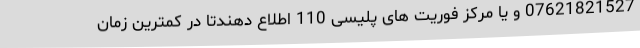
07621821527 و یا مرکز فوریت های پلیسی 110 اطلاع دهندتا در کمترین زمان